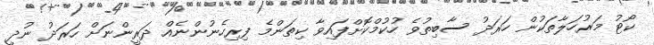
ކޯޓު މަރުހަލާތަކުން ހަރަދު ސާބިތުވެ ހުކުމްކޮށްފައިވާ ކިތަންމެ ފިރިހެނުންނެއް ދަރީންނަށް ހަރަދު ނުދީ